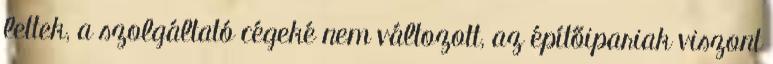
lettek, a szolgáltató cégeké nem változott, az építőipariak viszont